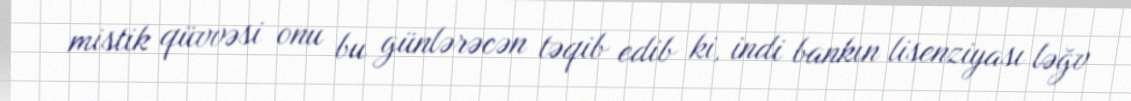
mistik qüvvəsi onu bu günlərəcən təqib edib ki, indi bankın lisenziyası ləğv